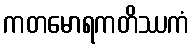
ကတမောရကတိဿကံ